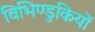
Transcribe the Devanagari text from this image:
विभिण्डुकियों